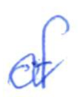
Text: of
Cross-out: wave
Writing tool: ballpoint